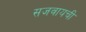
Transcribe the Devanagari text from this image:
सजवायची